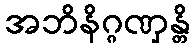
အဘိနိဂ္ဂဏှန္တိ